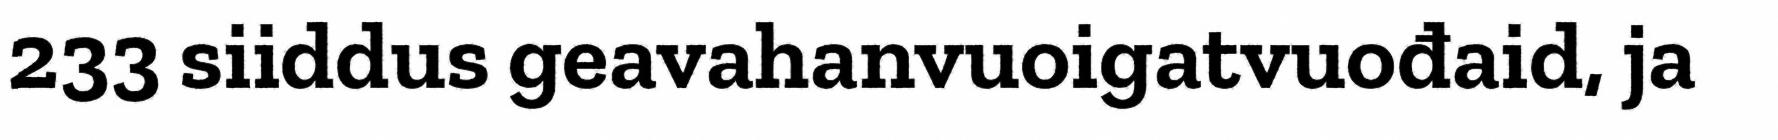
233 siiddus geavahanvuoigatvuođaid, ja